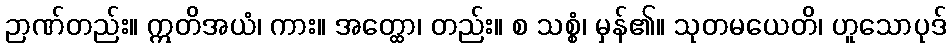
ဉာဏ်တည်း။ ဣတိအယံ၊ ကား။ အတ္ထော၊ တည်း။ စ သစ္စံ၊ မှန်၏။ သုတမယေတိ၊ ဟူသောပုဒ်